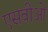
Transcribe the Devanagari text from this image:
एसवीओ